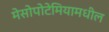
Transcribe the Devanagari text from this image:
मेसोपोटेमियामधील